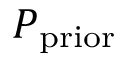
P _ { \mathrm { p r i o r } }